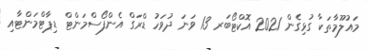
މައުލޫމާތަކާ ގުޅިގެން 2021 އޮކްޓޯބަރ 13 ވަނަ ދުވަހު ޑްރަގް އެންފޯސްމަންޓް ޑިޕާޓްމަންޓާއި